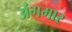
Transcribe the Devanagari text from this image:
अंगमार